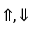
\Uparrow , \Downarrow